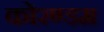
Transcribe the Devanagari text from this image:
कोरण्डम